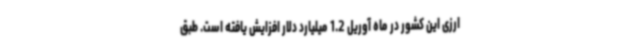
ارزی این کشور در ماه آوریل 1.2 میلیارد دلار افزایش یافته است. طبق